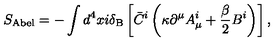
S _ { \mathrm { A b e l } } = - \int d ^ { 4 } x i \mathrm { \boldmath \delta } _ { \mathrm { B } } \left[ \bar { C } ^ { i } \left( \kappa \partial ^ { \mu } A _ { \mu } ^ { i } + \frac \beta 2 B ^ { i } \right) \right] ,